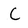
Character: C